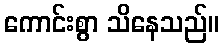
ကောင်းစွာ သိနေသည်။